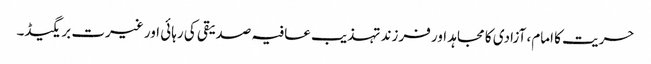
حریت کا امام، آزادی کا مجاہد اور فرزند تہذیب	عافیہ صدیقی کی رہائی اور غیرت بریگیڈ۔